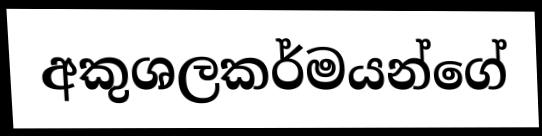
අකුශලකර්මයන්ගේ